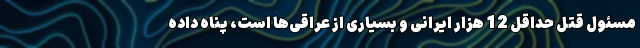
مسئول قتل حداقل 12 هزار ایرانی و بسیاری از عراقی‌ها است، پناه داده